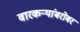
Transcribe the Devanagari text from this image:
वारकर्‍यांबरोबर